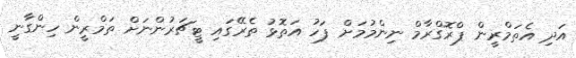
އަދި އެތަމްރީން ޕްރޮގްރާމް ނިންމުމަށް ފަހު އަތޮޅު ތެރޭގައި ޓީޗަރުންނަށް ތަމްރީން ހިންގާނީ